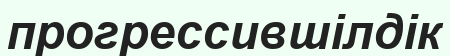
прогрессившілдік